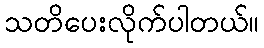
သတိပေးလိုက်ပါတယ်။